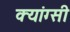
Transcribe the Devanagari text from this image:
क्यांग्सी